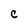
Character: C